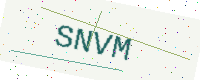
Text: SNVM